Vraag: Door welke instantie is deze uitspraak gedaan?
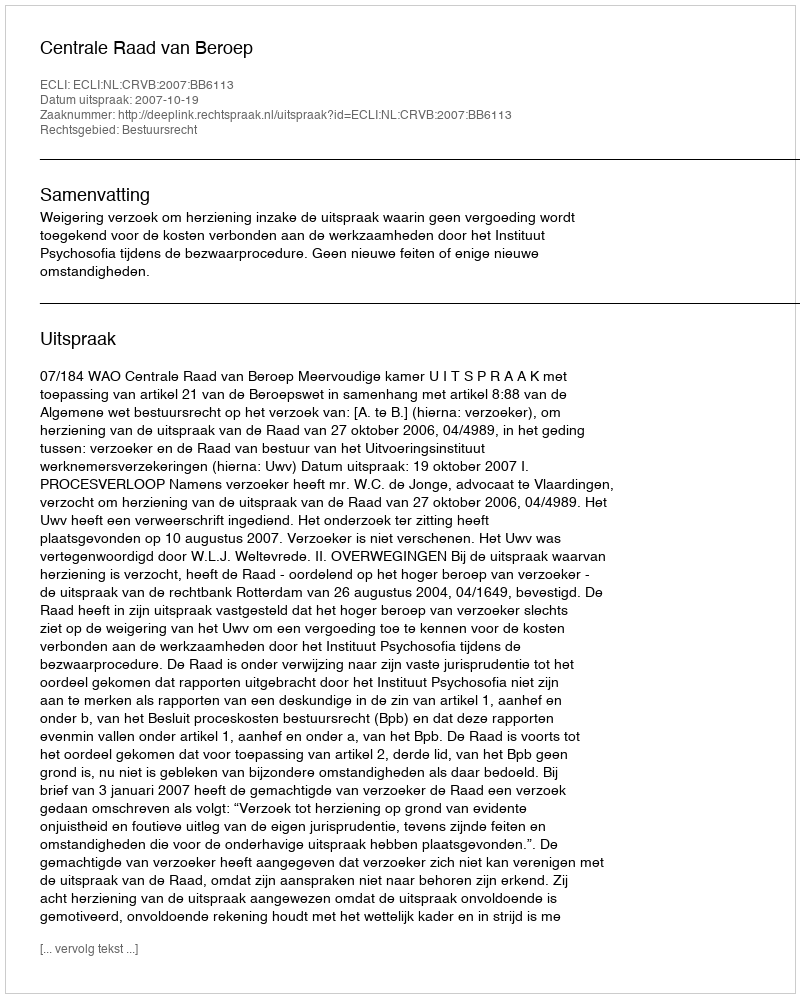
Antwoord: Centrale Raad van Beroep